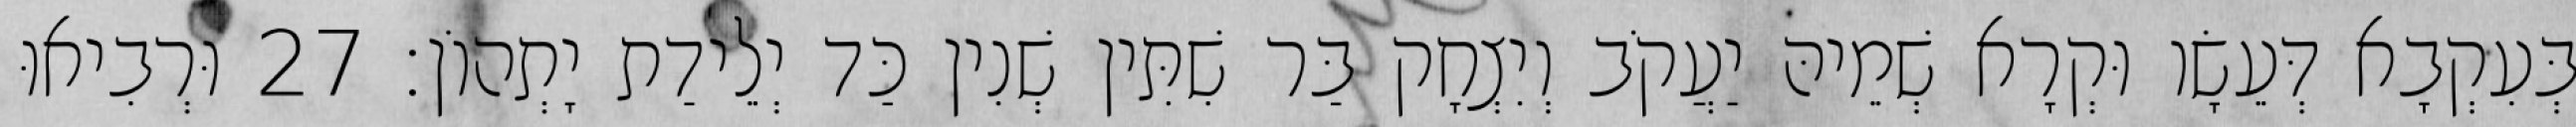
בְּעִקְבָא דְּעֵשָׂו וּקְרָא שְׁמֵיהּ יַעֲקֹב וְיִצְחָק בַּר שִׁתִּין שְׁנִין כַּד יְלֵידַת יָתְהוֹן׃ 27 וּרְבִיאוּ